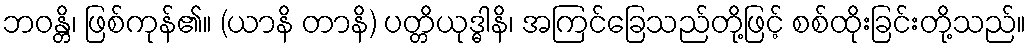
ဘဝန္တိ၊ ဖြစ်ကုန်၏။ (ယာနိ တာနိ) ပတ္တိယုဒ္ဓါနိ၊ အကြင်ခြေသည်တို့ဖြင့် စစ်ထိုးခြင်းတို့သည်။